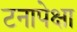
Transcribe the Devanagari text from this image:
टनापेक्षा